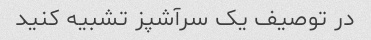
در توصیف یک سرآشپز تشبیه کنید